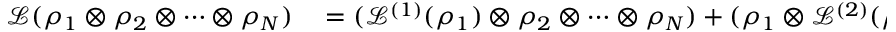
\begin{array} { r l } { \mathcal { L } ( \rho _ { 1 } \otimes \rho _ { 2 } \otimes \cdots \otimes \rho _ { N } ) } & { { } = ( \mathcal { L } ^ { ( 1 ) } ( \rho _ { 1 } ) \otimes \rho _ { 2 } \otimes \cdots \otimes \rho _ { N } ) + ( \rho _ { 1 } \otimes \mathcal { L } ^ { ( 2 ) } ( \rho _ { 2 } ) \otimes \cdots \otimes \rho _ { N } ) } \end{array}